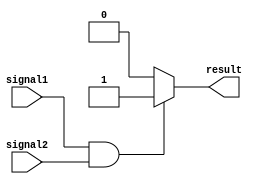
module generate_function(
    input wire signal1,
    input wire signal2,
    output reg result
);

always @* begin
    if (signal1 && signal2) begin
        result <= 1;
    end else begin
        result <= 0;
    end
end

endmodule